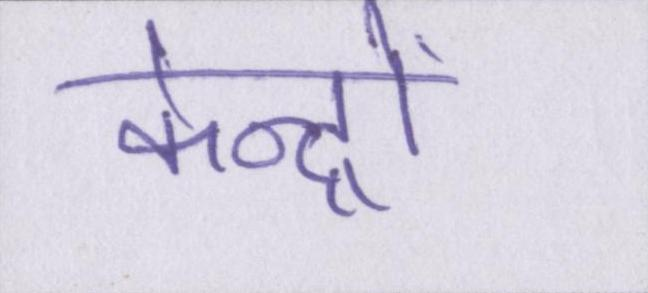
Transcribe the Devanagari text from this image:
केन्द्रों